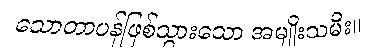
သောတာပန်ဖြစ်သွားသော အမျိုးသမီး။